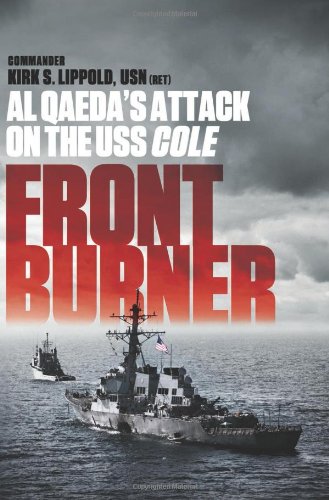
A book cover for Front Burner: Al Qaeda's Attack on the USS Cole; Kirk Lippold; Biographies & Memoirs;